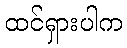
ထင်ရှားပါက